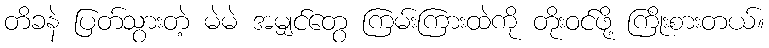
တိခနဲ ပြတ်သွားတဲ့ မဲမဲ အမျှင်တွေ ကြမ်းကြားထဲကို တိုးဝင်ဖို့ ကြိုးစားတယ်။